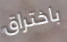
باختراق